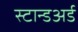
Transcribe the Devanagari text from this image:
स्टान्डअर्ड